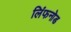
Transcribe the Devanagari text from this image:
लिंफनोड